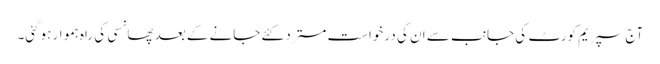
آج سپریم کورٹ کی جانب سے ان کی درخواست مسترد کئے جانے کے بعد پھانسی کی راہ ہموار ہوگئی۔